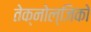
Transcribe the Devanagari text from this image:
तेक्नोल्जिको